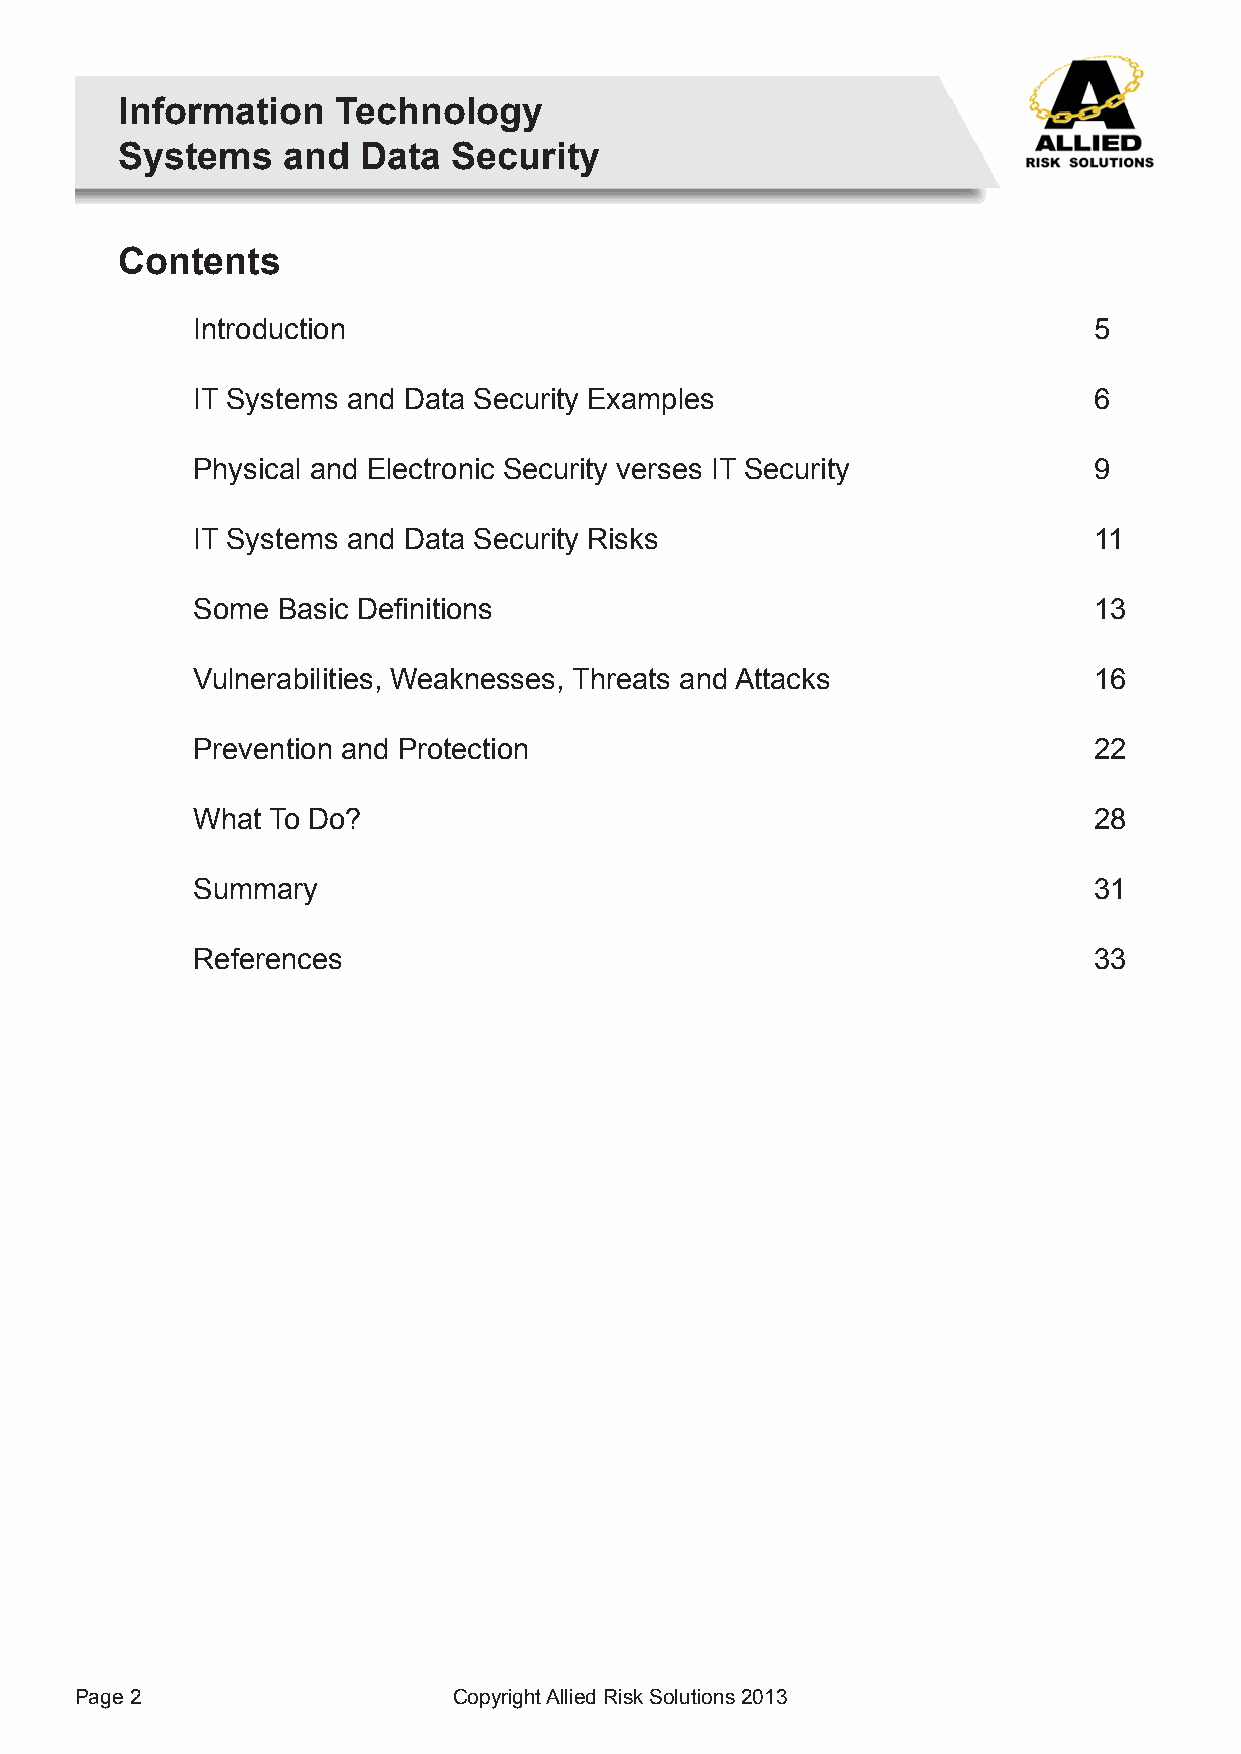
Information   Technology
 Systems    and  Data  Security
 Contents
 Introduction                                               5
 IT Systems and Data Security Examples                      6
 Physical and Electronic Security verses IT Security        9
 IT Systems and Data Security Risks                         11
 Some Basic Definitions                                     13
 Vulnerabilities, Weaknesses, Threats and Attacks           16
 Prevention and Protection                                  22
 What To Do?                                                28
 Summary                                                    31
 References                                                 33
 Page 2                   Copyright Allied Risk Solutions 2013